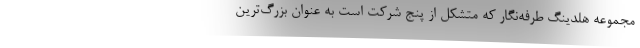
مجموعه هلدینگ طرفه‌نگار که متشکل از پنج شرکت است به ‌عنوان بزرگ‌ترین